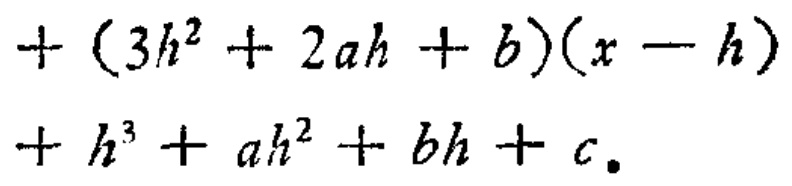
\[
\begin{align*}
&+(3h^{2}+2ah + b)(x - h)\\
&+h^{3}+ah^{2}+bh + c
\end{align*}
\]